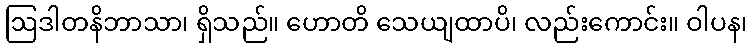
ဩဒါတနိဘာသာ၊ ရှိသည်။ ဟောတိ သေယျထာပိ၊ လည်းကောင်း။ ဝါပန၊